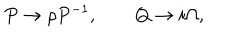
P \rightarrow \rho P ^ { - 1 } , \qquad Q \rightarrow i \Omega ,